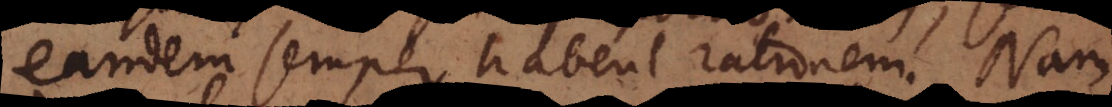
eandem semper habent rationem. Nam